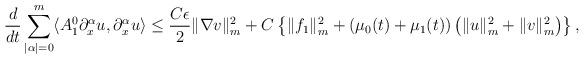
LaTeX: \begin{align*}\frac{d}{dt}\sum_{|\alpha|=0}^{m}\langle A_{1}^{0}\partial_{x}^{\alpha}u,\partial_{x}^{\alpha}u\rangle\leq\frac{C\epsilon}{2}\|\nabla v\|_{m}^{2}+C\left\lbrace\|f_{1}\|_{m}^{2}+(\mu_{0}(t)+\mu_{1}(t))\left(\|u\|_{m}^{2}+\|v\|_{m}^{2}\right)\right\rbrace,\end{align*}